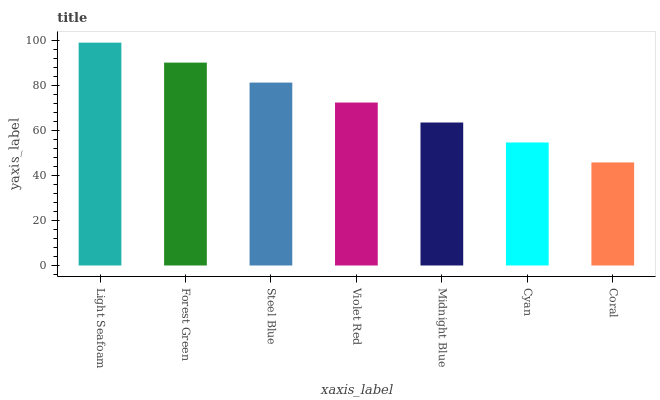
| xaxis_label | bars |
 | --- | --- |
 | Light Seafoam | 99 |
 | Forest Green | 90.1 |
 | Steel Blue | 81.3 |
 | Violet Red | 72.4 |
 | Midnight Blue | 63.5 |
 | Cyan | 54.7 |
 | Coral | 45.8 |